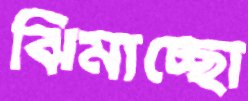
ঝিমাচ্ছো